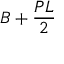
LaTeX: B + { \frac { P L } { 2 } }